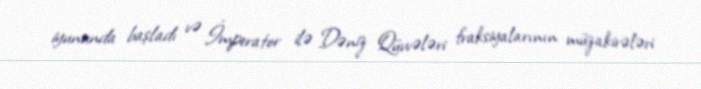
iyununda başladı və İmperator ilə Dəniz Qüvvələri fraksiyalarının müzakirələri